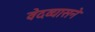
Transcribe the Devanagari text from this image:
वेदव्यासने